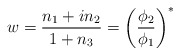
\begin{align*}w = {n_1 + i n_2 \over 1+n_3} = \left({\phi_2 \over \phi_1} \right)^*\end{align*}